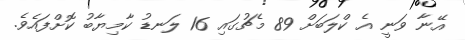
އޭނާ ވަނީ އެ ކްލަބަށް 89 މެޗުގައި 16 ލަނޑު ކާމިޔާބު ކޮށްފައެވެ.